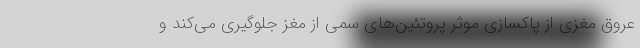
عروق مغزی از پاکسازی موثر پروتئین‌های سمی از مغز جلوگیری می‌کند و